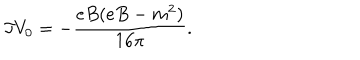
LaTeX: \Im V _ { 0 } = - \frac { e B ( e B - m ^ { 2 } ) } { 1 6 \pi } .